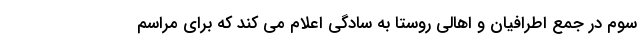
سوم در جمع اطرافيان و اهالي روستا به سادگي اعلام مي کند که براي مراسم